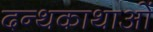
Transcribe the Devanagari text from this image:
दन्थकाथाओं